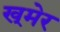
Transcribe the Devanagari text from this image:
ख्‌मेर